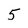
Character: 5